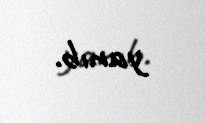
yanıb.